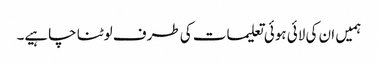
ہمیں ان کی لائی ہوئی تعلیمات کی طرف لوٹنا چاہیے۔